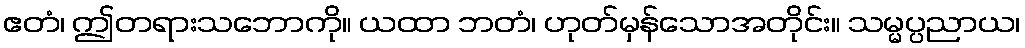
ဧတံ၊ ဤတရားသဘောကို။ ယထာ ဘတံ၊ ဟုတ်မှန်သောအတိုင်း။ သမ္မပ္ပညာယ၊